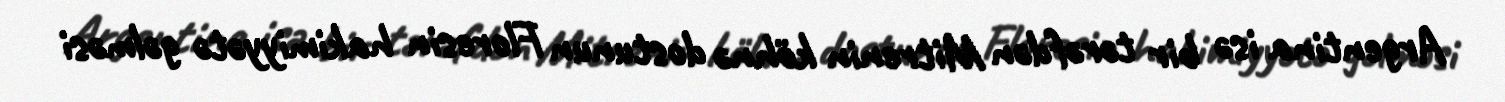
Argentina isə bir tərəfdən Mitrenin köhnə dostunun Floresin hakimiyyətə gəlməsi